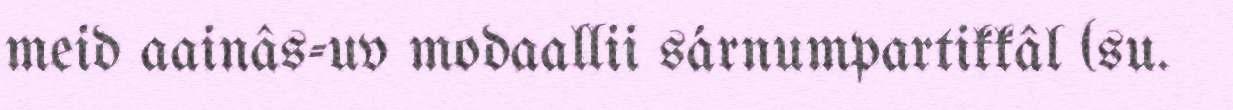
meid aainâs-uv modaallii sárnumpartikkâl (su.